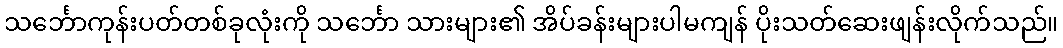
သင်္ဘောကုန်းပတ်တစ်ခုလုံးကို သင်္ဘော သားများ၏ အိပ်ခန်းများပါမကျန် ပိုးသတ်ဆေးဖျန်းလိုက်သည်။